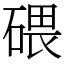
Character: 碨